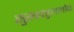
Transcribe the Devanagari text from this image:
सुखबहुललोक